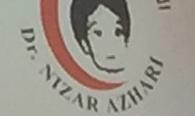
dr.